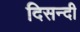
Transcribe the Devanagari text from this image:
दिसन्दी